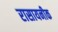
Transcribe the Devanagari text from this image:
रासायनीक